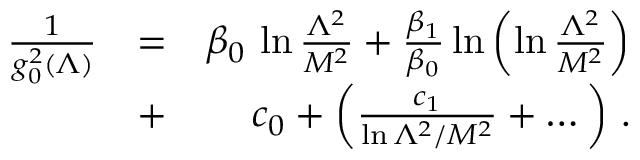
\begin{array} { r l r } { { \frac { 1 } { g _ { 0 } ^ { 2 } ( \Lambda ) } } } & { = } & { \beta _ { 0 } \, \ln { \frac { \Lambda ^ { 2 } } { M ^ { 2 } } } + { \frac { \beta _ { 1 } } { \beta _ { 0 } } } \ln \left( \ln { \frac { \Lambda ^ { 2 } } { M ^ { 2 } } } \right) } \\ & { + } & { c _ { 0 } + \left( { \frac { c _ { 1 } } { \ln \Lambda ^ { 2 } / M ^ { 2 } } } + \dots \right) \, . } \end{array}